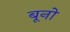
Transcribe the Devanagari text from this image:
बूनो